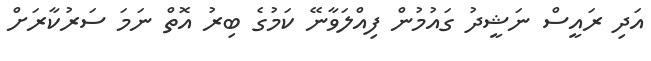
އަދި ރައީސް ނަޝީދު ގައުމުން ފިއްލަވާނޭ ކަމުގެ ބިރު އޮތް ނަމަ ސަރުކާރަށް